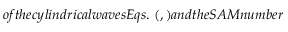
o f t h e c y l i n d r i c a l w a v e s E q s . ~ ( , ) a n d t h e S A M n u m b e r